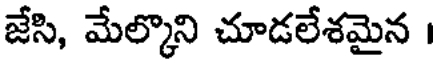
జేసి, మేల్కొని చూడలేశమైన ।